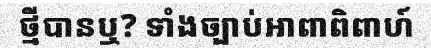
ថ្មីបានឬ? ទាំងច្បាប់អាពាពិពាហ៍